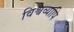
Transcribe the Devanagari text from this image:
विश्वव्यापि